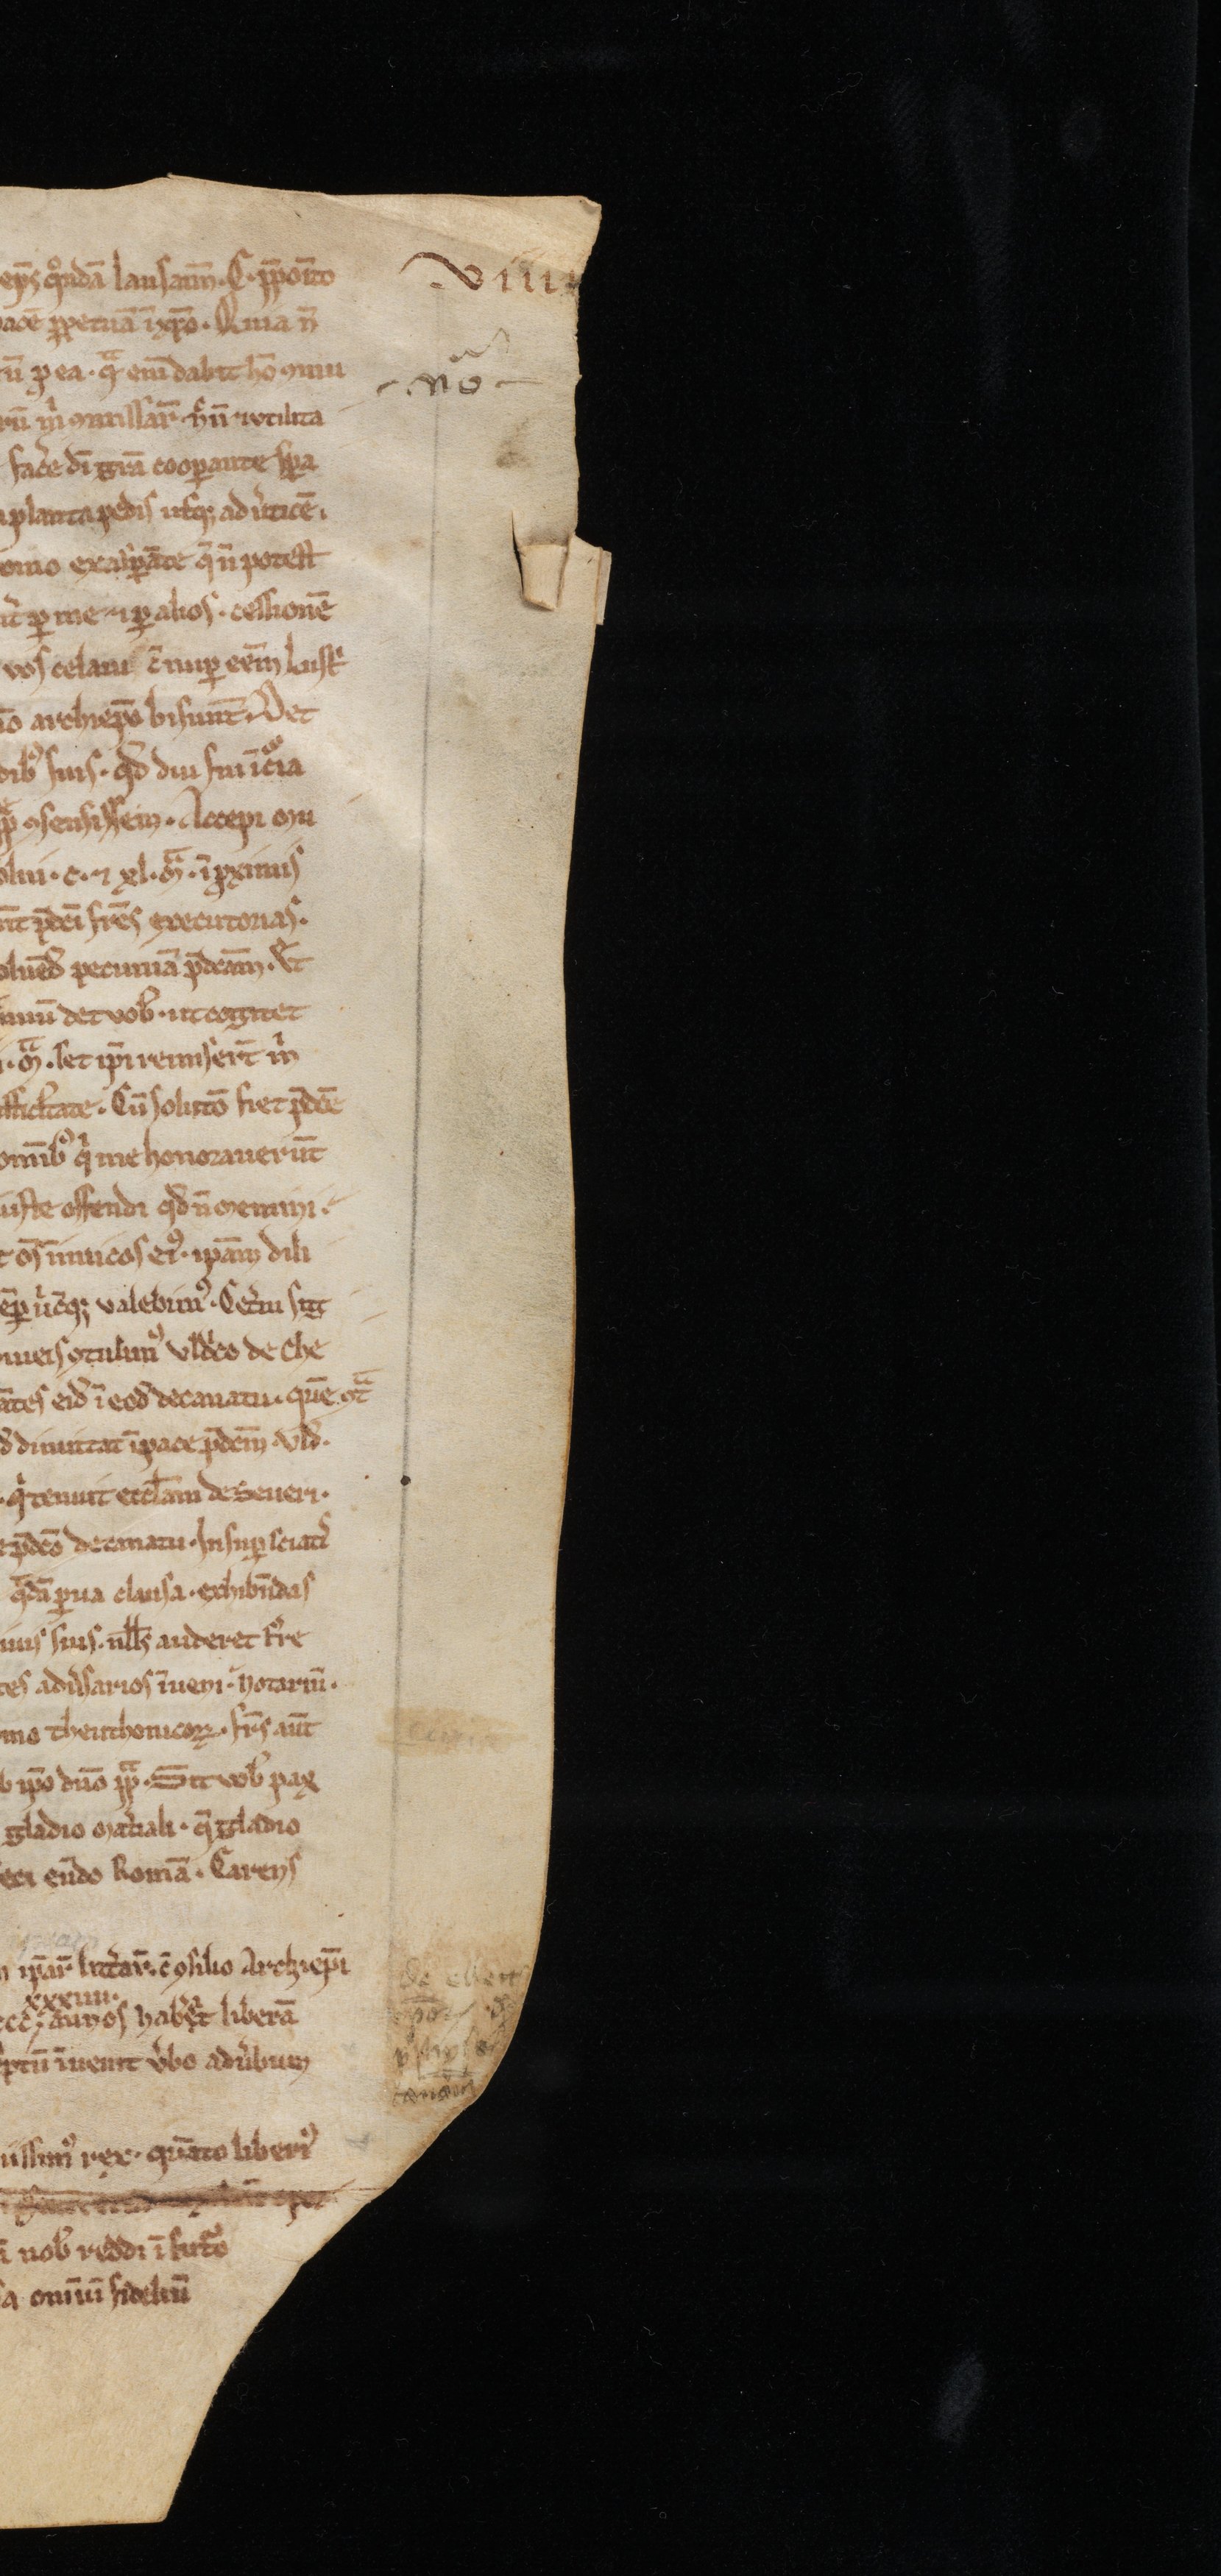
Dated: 1188–1257